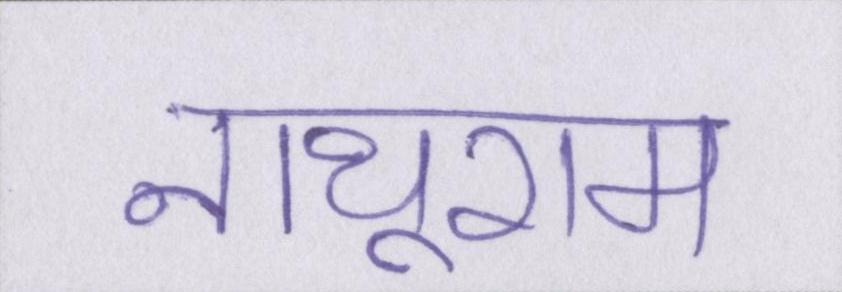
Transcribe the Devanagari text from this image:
नाथूराम